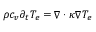
\rho { c _ { v } } { \partial _ { t } } { T _ { e } } = \nabla \cdot \kappa \nabla { T _ { e } }